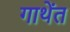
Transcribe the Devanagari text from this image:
गाथेंत